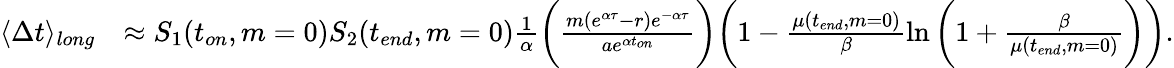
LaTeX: \begin{array}{rl}{\langle\Delta t\rangle_{long}}&{\approx S_{1}(t_{on},m=0)S_{2}(t_{end},m=0)\frac{1}{\alpha}\bigg(\frac{m(e^{\alpha\tau}-r)e^{-\alpha\tau}}{ae^{\alpha t_{on}}}\bigg)\bigg(1-\frac{\mu(t_{end},m=0)}{\beta}\ln{\bigg(1+\frac{\beta}{\mu(t_{end},m=0)}\bigg)}\bigg).}\end{array}